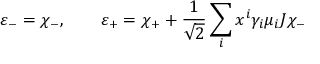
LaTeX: \varepsilon _ { - } = \chi _ { - } , \qquad \varepsilon _ { + } = \chi _ { + } + \frac { 1 } { \sqrt 2 } \sum _ { i } x ^ { i } \gamma _ { i } \mu _ { i } J \chi _ { - }